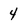
Character: 4